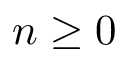
n \geq 0